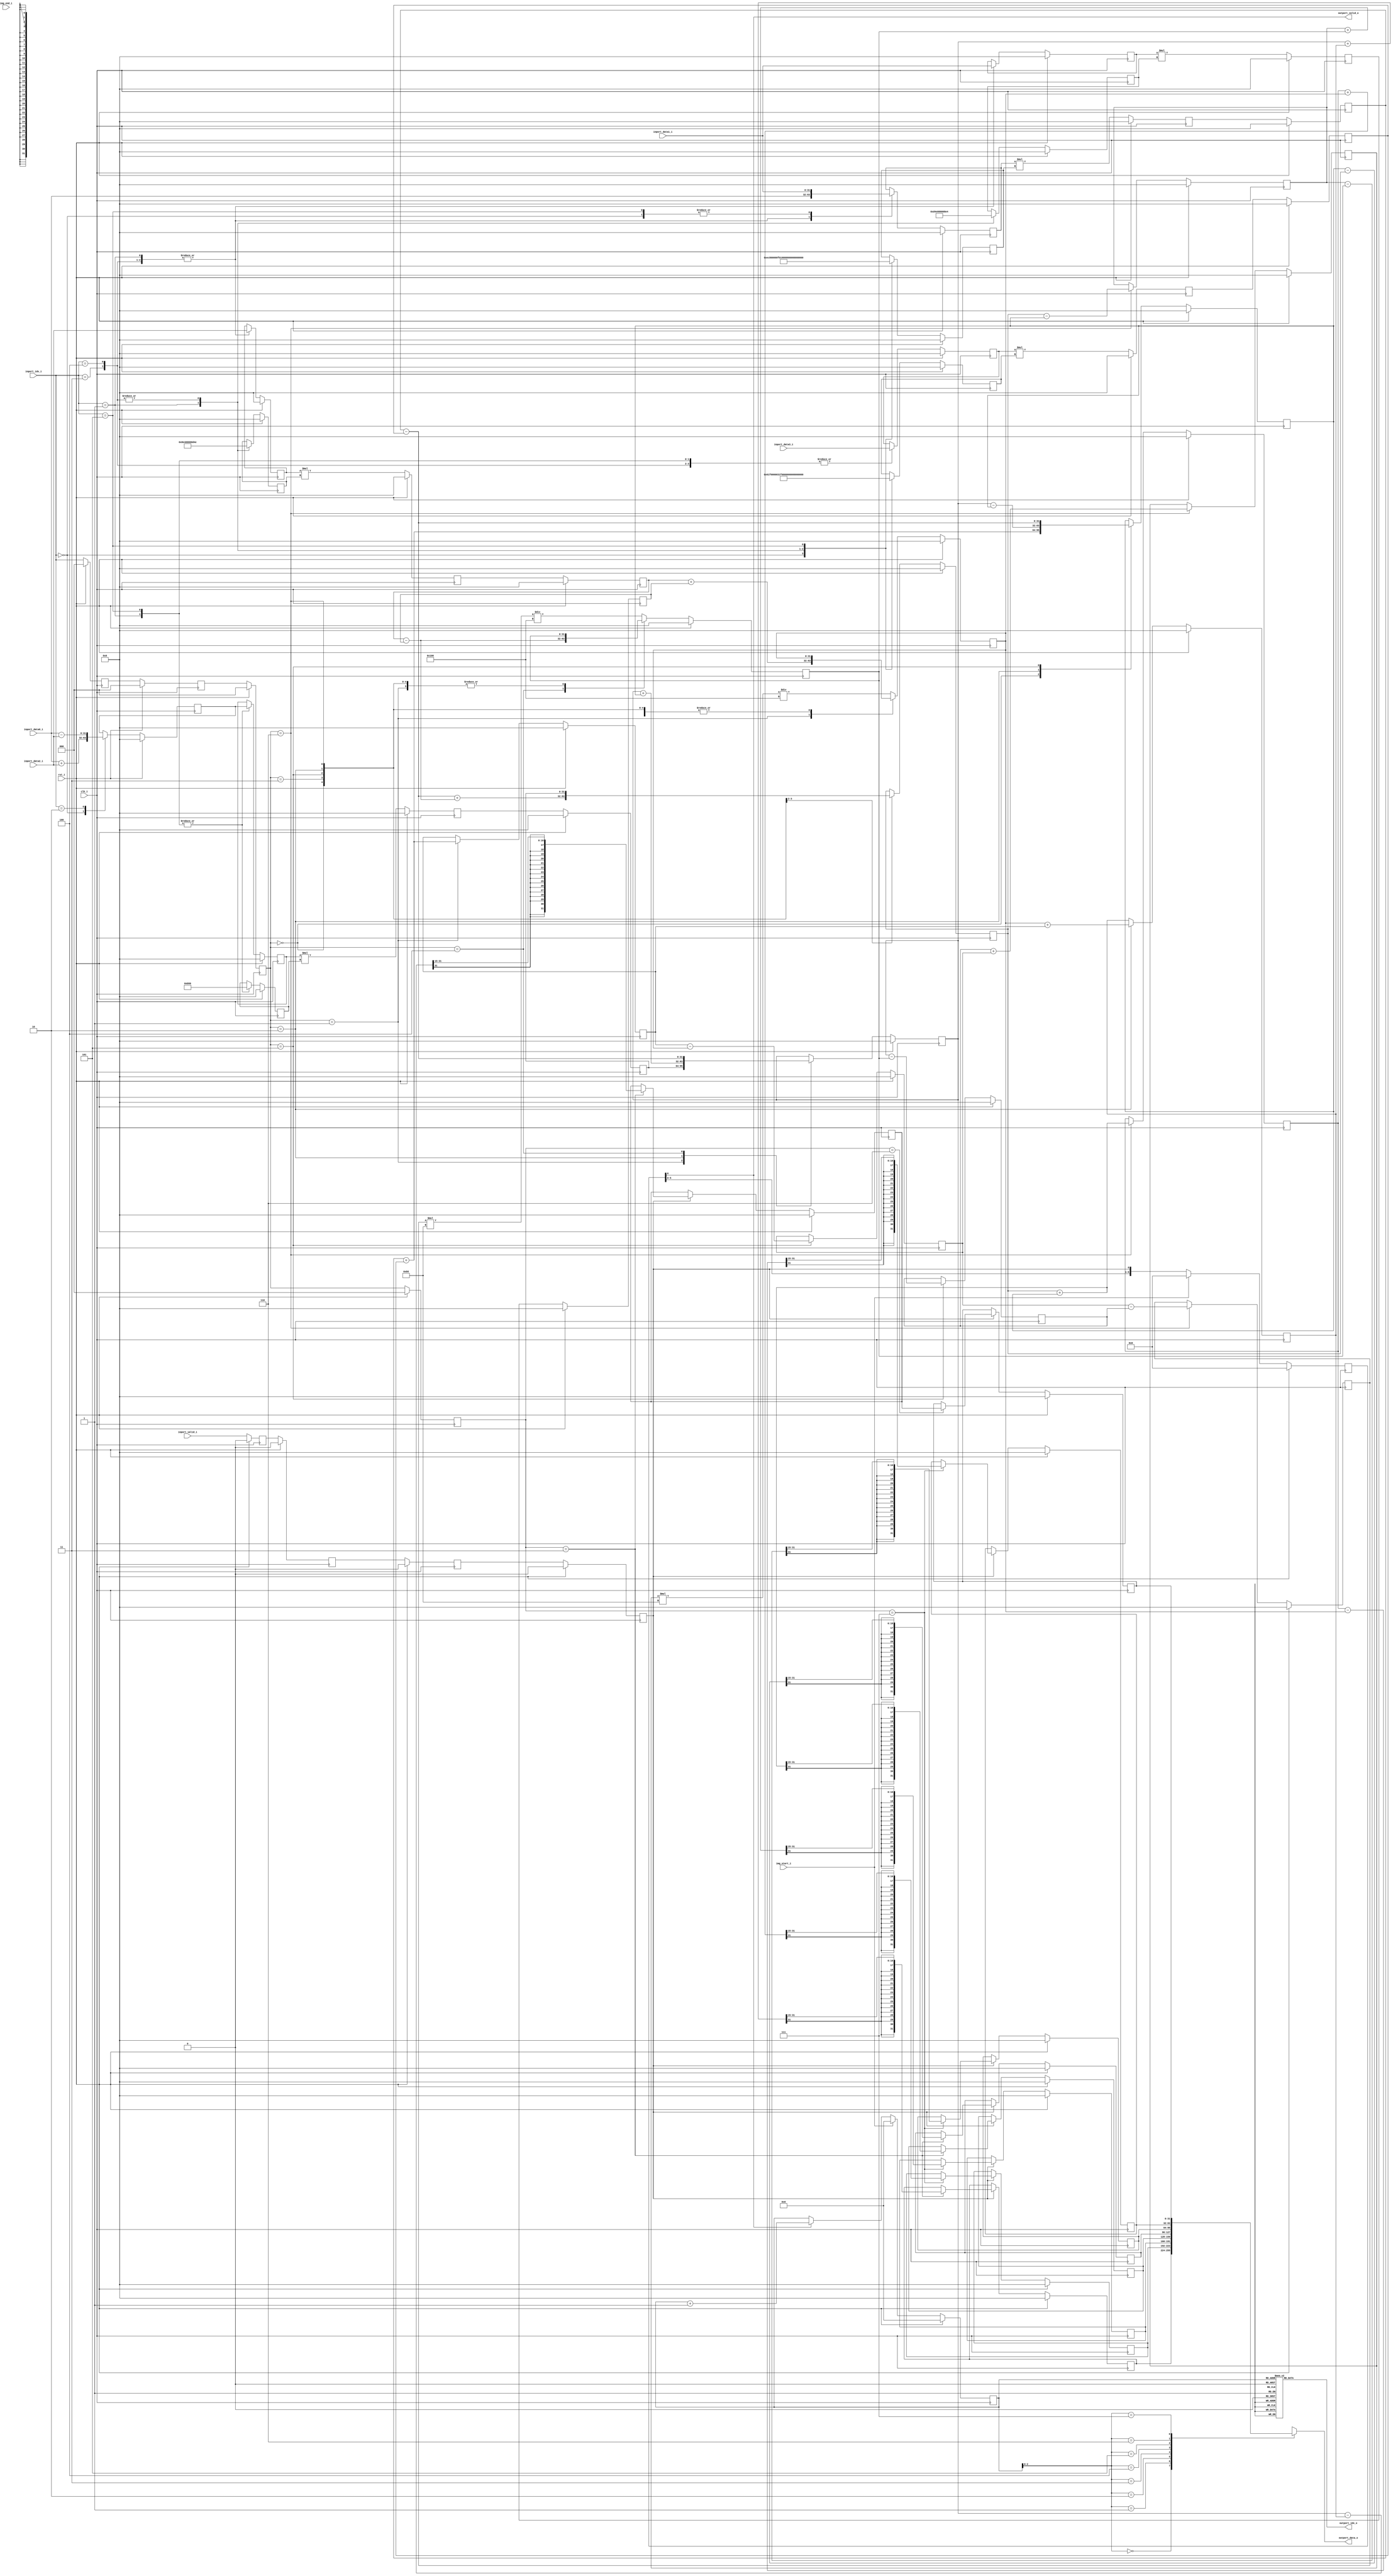
//-----------------------------------------------------------------
//                      Baseline JPEG Decoder
//                             V0.1
//                       Ultra-Embedded.com
//                        Copyright 2020
//
//                   admin@ultra-embedded.com
//-----------------------------------------------------------------
//                      License: Apache 2.0
// This IP can be freely used in commercial projects, however you may
// want access to unreleased materials such as verification environments,
// or test vectors, as well as changes to the IP for integration purposes.
// If this is the case, contact the above address.
// I am interested to hear how and where this IP is used, so please get
// in touch!
//-----------------------------------------------------------------
// Copyright 2020 Ultra-Embedded.com
// 
// Licensed under the Apache License, Version 2.0 (the "License");
// you may not use this file except in compliance with the License.
// You may obtain a copy of the License at
// 
//     http://www.apache.org/licenses/LICENSE-2.0
// 
// Unless required by applicable law or agreed to in writing, software
// distributed under the License is distributed on an "AS IS" BASIS,
// WITHOUT WARRANTIES OR CONDITIONS OF ANY KIND, either express or implied.
// See the License for the specific language governing permissions and
// limitations under the License.
//-----------------------------------------------------------------

module jpeg_idct_y
//-----------------------------------------------------------------
// Params
//-----------------------------------------------------------------
#(
     parameter OUT_SHIFT        = 15
    ,parameter INPUT_WIDTH      = 32
)
//-----------------------------------------------------------------
// Ports
//-----------------------------------------------------------------
(
    // Inputs
     input           clk_i
    ,input           rst_i
    ,input           img_start_i
    ,input           img_end_i
    ,input           inport_valid_i
    ,input  [ 31:0]  inport_data0_i
    ,input  [ 31:0]  inport_data1_i
    ,input  [ 31:0]  inport_data2_i
    ,input  [ 31:0]  inport_data3_i
    ,input  [  2:0]  inport_idx_i

    // Outputs
    ,output          outport_valid_o
    ,output [ 31:0]  outport_data_o
    ,output [  5:0]  outport_idx_o
);




localparam [15:0] C1_16 = 4017; // cos( pi/16) x4096
localparam [15:0] C2_16 = 3784; // cos(2pi/16) x4096
localparam [15:0] C3_16 = 3406; // cos(3pi/16) x4096
localparam [15:0] C4_16 = 2896; // cos(4pi/16) x4096
localparam [15:0] C5_16 = 2276; // cos(5pi/16) x4096
localparam [15:0] C6_16 = 1567; // cos(6pi/16) x4096
localparam [15:0] C7_16 = 799;  // cos(7pi/16) x4096

wire signed [31:0] block_in_0_1 = inport_data0_i;
wire signed [31:0] block_in_2_3 = inport_data1_i;
wire signed [31:0] block_in_4_5 = inport_data2_i;
wire signed [31:0] block_in_6_7 = inport_data3_i;

//-----------------------------------------------------------------
// IDCT
//-----------------------------------------------------------------
reg signed [31:0] i0;
reg signed [31:0] mul0_a;
reg signed [31:0] mul0_b;
reg signed [31:0] mul1_a;
reg signed [31:0] mul1_b;
reg signed [31:0] mul2_a;
reg signed [31:0] mul2_b;
reg signed [31:0] mul3_a;
reg signed [31:0] mul3_b;
reg signed [31:0] mul4_a;
reg signed [31:0] mul4_b;

always @ (posedge clk_i )
if (rst_i)
begin
    i0     <= 32'b0;
    mul0_a <= 32'b0;
    mul0_b <= 32'b0;
    mul1_a <= 32'b0;
    mul1_b <= 32'b0;
    mul2_a <= 32'b0;
    mul2_b <= 32'b0;
    mul3_a <= 32'b0;
    mul3_b <= 32'b0;
    mul4_a <= 32'b0;
    mul4_b <= 32'b0;
end
else
begin
    /* verilator lint_off WIDTH */
    case (inport_idx_i)
    3'd0:
    begin
        i0     <= block_in_0_1 + block_in_4_5;
        mul0_a <= block_in_2_3;
        mul0_b <= C2_16;
        mul1_a <= block_in_6_7;
        mul1_b <= C6_16;
    end
    3'd1:
    begin
        mul0_a <= block_in_0_1;
        mul0_b <= C1_16;
        mul1_a <= block_in_6_7;
        mul1_b <= C7_16;
        mul2_a <= block_in_4_5;
        mul2_b <= C5_16;
        mul3_a <= block_in_2_3;
        mul3_b <= C3_16;
        mul4_a <= i0;
        mul4_b <= C4_16;
    end
    3'd2:
    begin
        i0     <= block_in_0_1 - block_in_4_5;
    end
    3'd3:
    begin
        mul0_a <= block_in_0_1;
        mul0_b <= C7_16;
        mul1_a <= block_in_6_7;
        mul1_b <= C1_16;
        mul2_a <= block_in_4_5;
        mul2_b <= C3_16;
        mul3_a <= block_in_2_3;
        mul3_b <= C5_16;
    end
    3'd4:
    begin
        mul0_a <= block_in_0_1;
        mul0_b <= C7_16;
        mul1_a <= block_in_6_7;
        mul1_b <= C1_16;
        mul2_a <= block_in_4_5;
        mul2_b <= C3_16;
        mul3_a <= block_in_2_3;
        mul3_b <= C5_16;
    end
    3'd5:
    begin
        mul0_a <= block_in_2_3;
        mul0_b <= C6_16;
        mul1_a <= block_in_6_7;
        mul1_b <= C2_16;
        mul4_a <= i0;
        mul4_b <= C4_16;
    end
    default:
        ;
    endcase
    /* verilator lint_on WIDTH */
end

reg signed [31:0] mul0_q;
reg signed [31:0] mul1_q;
reg signed [31:0] mul2_q;
reg signed [31:0] mul3_q;
reg signed [31:0] mul4_q;

always @ (posedge clk_i )
if (rst_i)
begin
    mul0_q <= 32'b0;
    mul1_q <= 32'b0;
    mul2_q <= 32'b0;
    mul3_q <= 32'b0;
    mul4_q <= 32'b0;
end
else
begin
    mul0_q <= mul0_a * mul0_b;
    mul1_q <= mul1_a * mul1_b;
    mul2_q <= mul2_a * mul2_b;
    mul3_q <= mul3_a * mul3_b;
    mul4_q <= mul4_a * mul4_b;
end

reg signed [31:0] mul0;
reg signed [31:0] mul1;
reg signed [31:0] mul2;
reg signed [31:0] mul3;
reg signed [31:0] mul4;

always @ (posedge clk_i )
if (rst_i)
begin
    mul0 <= 32'b0;
    mul1 <= 32'b0;
    mul2 <= 32'b0;
    mul3 <= 32'b0;
    mul4 <= 32'b0;
end
else
begin
    mul0 <= mul0_q;
    mul1 <= mul1_q;
    mul2 <= mul2_q;
    mul3 <= mul3_q;
    mul4 <= mul4_q;
end

reg        out_stg0_valid_q;
reg [2:0]  out_stg0_idx_q;

always @ (posedge clk_i )
if (rst_i)
begin
    out_stg0_valid_q <= 1'b0;
    out_stg0_idx_q   <= 3'b0;
end
else
begin
    out_stg0_valid_q <= inport_valid_i;
    out_stg0_idx_q   <= inport_idx_i;
end

reg        out_stg1_valid_q;
reg [2:0]  out_stg1_idx_q;

always @ (posedge clk_i )
if (rst_i)
begin
    out_stg1_valid_q <= 1'b0;
    out_stg1_idx_q   <= 3'b0;
end
else
begin
    out_stg1_valid_q <= out_stg0_valid_q;
    out_stg1_idx_q   <= out_stg0_idx_q;
end

reg        out_stg2_valid_q;
reg [2:0]  out_stg2_idx_q;

always @ (posedge clk_i )
if (rst_i)
begin
    out_stg2_valid_q <= 1'b0;
    out_stg2_idx_q   <= 3'b0;
end
else
begin
    out_stg2_valid_q <= out_stg1_valid_q;
    out_stg2_idx_q   <= out_stg1_idx_q;
end

reg signed [31:0] o_s5;
reg signed [31:0] o_s6;
reg signed [31:0] o_s7;
reg signed [31:0] o_t0;
reg signed [31:0] o_t1;
reg signed [31:0] o_t2;
reg signed [31:0] o_t3;
reg signed [31:0] o_t4;
reg signed [31:0] o_t5;
reg signed [31:0] o_t6;
reg signed [31:0] o_t7;
reg signed [31:0] o_t6_5;
reg signed [31:0] o_t5_6;

always @ (posedge clk_i )
if (rst_i)
begin
    o_s5   <= 32'b0;
    o_s6   <= 32'b0;
    o_s7   <= 32'b0;
    o_t0   <= 32'b0;
    o_t1   <= 32'b0;
    o_t2   <= 32'b0;
    o_t3   <= 32'b0;
    o_t4   <= 32'b0;
    o_t5   <= 32'b0;
    o_t6   <= 32'b0;
    o_t7   <= 32'b0;
    o_t6_5 <= 32'b0;
    o_t5_6 <= 32'b0;
end
else
begin
    case (out_stg2_idx_q)
    3'd0:
    begin
        o_t3 <= mul0 + mul1; // s3
    end
    3'd1:
    begin
        o_s7 <= mul0 + mul1;
        o_s6 <= mul2 + mul3;
        o_t0 <= mul4;        // s0
    end
    3'd2:
    begin
        o_t0 <= o_t0 + o_t3; // t0
        o_t3 <= o_t0 - o_t3; // t3
        o_t7 <= o_s6 + o_s7;
    end
    3'd3:
    begin
        o_t4 <= (mul0 - mul1) + (mul2 - mul3);
    end
    3'd4:
    begin
        o_t0 <= mul0 - mul1; // s4
        o_s5 <= mul2 - mul3;    
    end
    3'd5:
    begin
        o_t3 <= mul0 - mul1; // s2
        o_t4 <= mul4; // s1
        o_t5 <= o_t0 - o_s5;
        o_t6 <= o_s7 - o_s6;
    end
    3'd6:
    begin
        o_t1 <= o_t4 + o_t3;
        o_t2 <= o_t4 - o_t3;
        o_t6_5 <= o_t6 - o_t5;
        o_t5_6 <= o_t5 + o_t6;
    end
    default:
    begin
        o_s5 <= (o_t6_5 * 181) / 256; // 1/sqrt(2)
        o_s6 <= (o_t5_6 * 181) / 256; // 1/sqrt(2)
    end
    endcase
end

reg        out_stg3_valid_q;
reg [2:0]  out_stg3_idx_q;

always @ (posedge clk_i )
if (rst_i)
begin
    out_stg3_valid_q <= 1'b0;
    out_stg3_idx_q   <= 3'b0;
end
else
begin
    out_stg3_valid_q <= out_stg2_valid_q;
    out_stg3_idx_q   <= out_stg2_idx_q;
end

reg signed [31:0] block_out[0:7];
reg signed [31:0] block_out_tmp;

always @ (posedge clk_i )
if (rst_i)
begin
    block_out[0] <= 32'b0;
    block_out[1] <= 32'b0;
    block_out[2] <= 32'b0;
    block_out[3] <= 32'b0;
    block_out[4] <= 32'b0;
    block_out[5] <= 32'b0;
    block_out[6] <= 32'b0;
    block_out[7] <= 32'b0;
    block_out_tmp <= 32'b0;
end
else if (out_stg3_valid_q)
begin
    if (out_stg3_idx_q == 3'd3)
    begin
        block_out[0] <= ((o_t0 + o_t7) >>> OUT_SHIFT);
        block_out_tmp <= ((o_t0 - o_t7) >>> OUT_SHIFT); // block_out[7]
        block_out[3] <= ((o_t3 + o_t4) >>> OUT_SHIFT);
        block_out[4] <= ((o_t3 - o_t4) >>> OUT_SHIFT);
    end

    if (out_stg3_idx_q == 3'd6)
        block_out[7] <= block_out_tmp;

    if (out_stg3_idx_q == 3'd7)
    begin
        block_out[2] <= ((o_t2 + o_s5) >>> OUT_SHIFT);
        block_out[5] <= ((o_t2 - o_s5) >>> OUT_SHIFT);
        block_out[1] <= ((o_t1 + o_s6) >>> OUT_SHIFT);
        block_out[6] <= ((o_t1 - o_s6) >>> OUT_SHIFT);
    end
end

reg [7:0] valid_q;

always @ (posedge clk_i )
if (rst_i)
    valid_q  <= 8'b0;
else if (img_start_i)
    valid_q  <= 8'b0;
else
    valid_q <= {valid_q[6:0], out_stg3_valid_q};

reg [5:0] ptr_q;

always @ (posedge clk_i )
if (rst_i)
    ptr_q <= 6'd0;
else if (img_start_i)
    ptr_q <= 6'd0;
else if (outport_valid_o)
    ptr_q <= ptr_q + 6'd1;

assign outport_valid_o = valid_q[6];
assign outport_data_o  = block_out[ptr_q[2:0]];



function [5:0] ptr_conv;
    input [5:0] idx;
    reg [5:0] out_idx;
begin
    case (idx)
    6'd0:  out_idx = 6'd0;
    6'd1:  out_idx = 6'd8;
    6'd2:  out_idx = 6'd16;
    6'd3:  out_idx = 6'd24;
    6'd4:  out_idx = 6'd32;
    6'd5:  out_idx = 6'd40;
    6'd6:  out_idx = 6'd48;
    6'd7:  out_idx = 6'd56;
    6'd8:  out_idx = 6'd1;
    6'd9:  out_idx = 6'd9;
    6'd10:  out_idx = 6'd17;
    6'd11:  out_idx = 6'd25;
    6'd12:  out_idx = 6'd33;
    6'd13:  out_idx = 6'd41;
    6'd14:  out_idx = 6'd49;
    6'd15:  out_idx = 6'd57;
    6'd16:  out_idx = 6'd2;
    6'd17:  out_idx = 6'd10;
    6'd18:  out_idx = 6'd18;
    6'd19:  out_idx = 6'd26;
    6'd20:  out_idx = 6'd34;
    6'd21:  out_idx = 6'd42;
    6'd22:  out_idx = 6'd50;
    6'd23:  out_idx = 6'd58;
    6'd24:  out_idx = 6'd3;
    6'd25:  out_idx = 6'd11;
    6'd26:  out_idx = 6'd19;
    6'd27:  out_idx = 6'd27;
    6'd28:  out_idx = 6'd35;
    6'd29:  out_idx = 6'd43;
    6'd30:  out_idx = 6'd51;
    6'd31:  out_idx = 6'd59;
    6'd32:  out_idx = 6'd4;
    6'd33:  out_idx = 6'd12;
    6'd34:  out_idx = 6'd20;
    6'd35:  out_idx = 6'd28;
    6'd36:  out_idx = 6'd36;
    6'd37:  out_idx = 6'd44;
    6'd38:  out_idx = 6'd52;
    6'd39:  out_idx = 6'd60;
    6'd40:  out_idx = 6'd5;
    6'd41:  out_idx = 6'd13;
    6'd42:  out_idx = 6'd21;
    6'd43:  out_idx = 6'd29;
    6'd44:  out_idx = 6'd37;
    6'd45:  out_idx = 6'd45;
    6'd46:  out_idx = 6'd53;
    6'd47:  out_idx = 6'd61;
    6'd48:  out_idx = 6'd6;
    6'd49:  out_idx = 6'd14;
    6'd50:  out_idx = 6'd22;
    6'd51:  out_idx = 6'd30;
    6'd52:  out_idx = 6'd38;
    6'd53:  out_idx = 6'd46;
    6'd54:  out_idx = 6'd54;
    6'd55:  out_idx = 6'd62;
    6'd56:  out_idx = 6'd7;
    6'd57:  out_idx = 6'd15;
    6'd58:  out_idx = 6'd23;
    6'd59:  out_idx = 6'd31;
    6'd60:  out_idx = 6'd39;
    6'd61:  out_idx = 6'd47;
    6'd62:  out_idx = 6'd55;
    default:  out_idx = 6'd63;
    endcase

    ptr_conv = out_idx;
end
endfunction


assign outport_idx_o   = ptr_conv(ptr_q);



endmodule